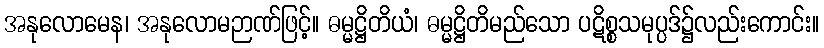
အနုလောမေန၊ အနုလောမဉာဏ်ဖြင့်။ ဓမ္မဋ္ဌိတိယံ၊ ဓမ္မဋ္ဌိတိမည်သော ပဋိစ္စသမုပ္ပဒ်၌လည်းကောင်း။